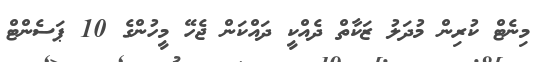
މިނެޓް ކުރިން މުދަލު ޒަކާތް ދެއްކީ ދައްކަން ޖެހޭ މީހުންގެ 10 ޕަސެންޓް